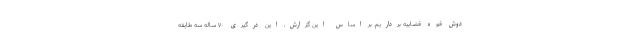
دوش قوه قضاییه برداریم. بر اساس این گزارش، این درگیری ۷۰ ساله سه طایفه